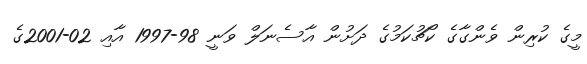
މީގެ ކުރިން ވެންގާގެ ކޯޗުކަމުގެ ދަށުން އާސެނަލް ވަނީ 98-1997 އާއި 02-2001ގެ